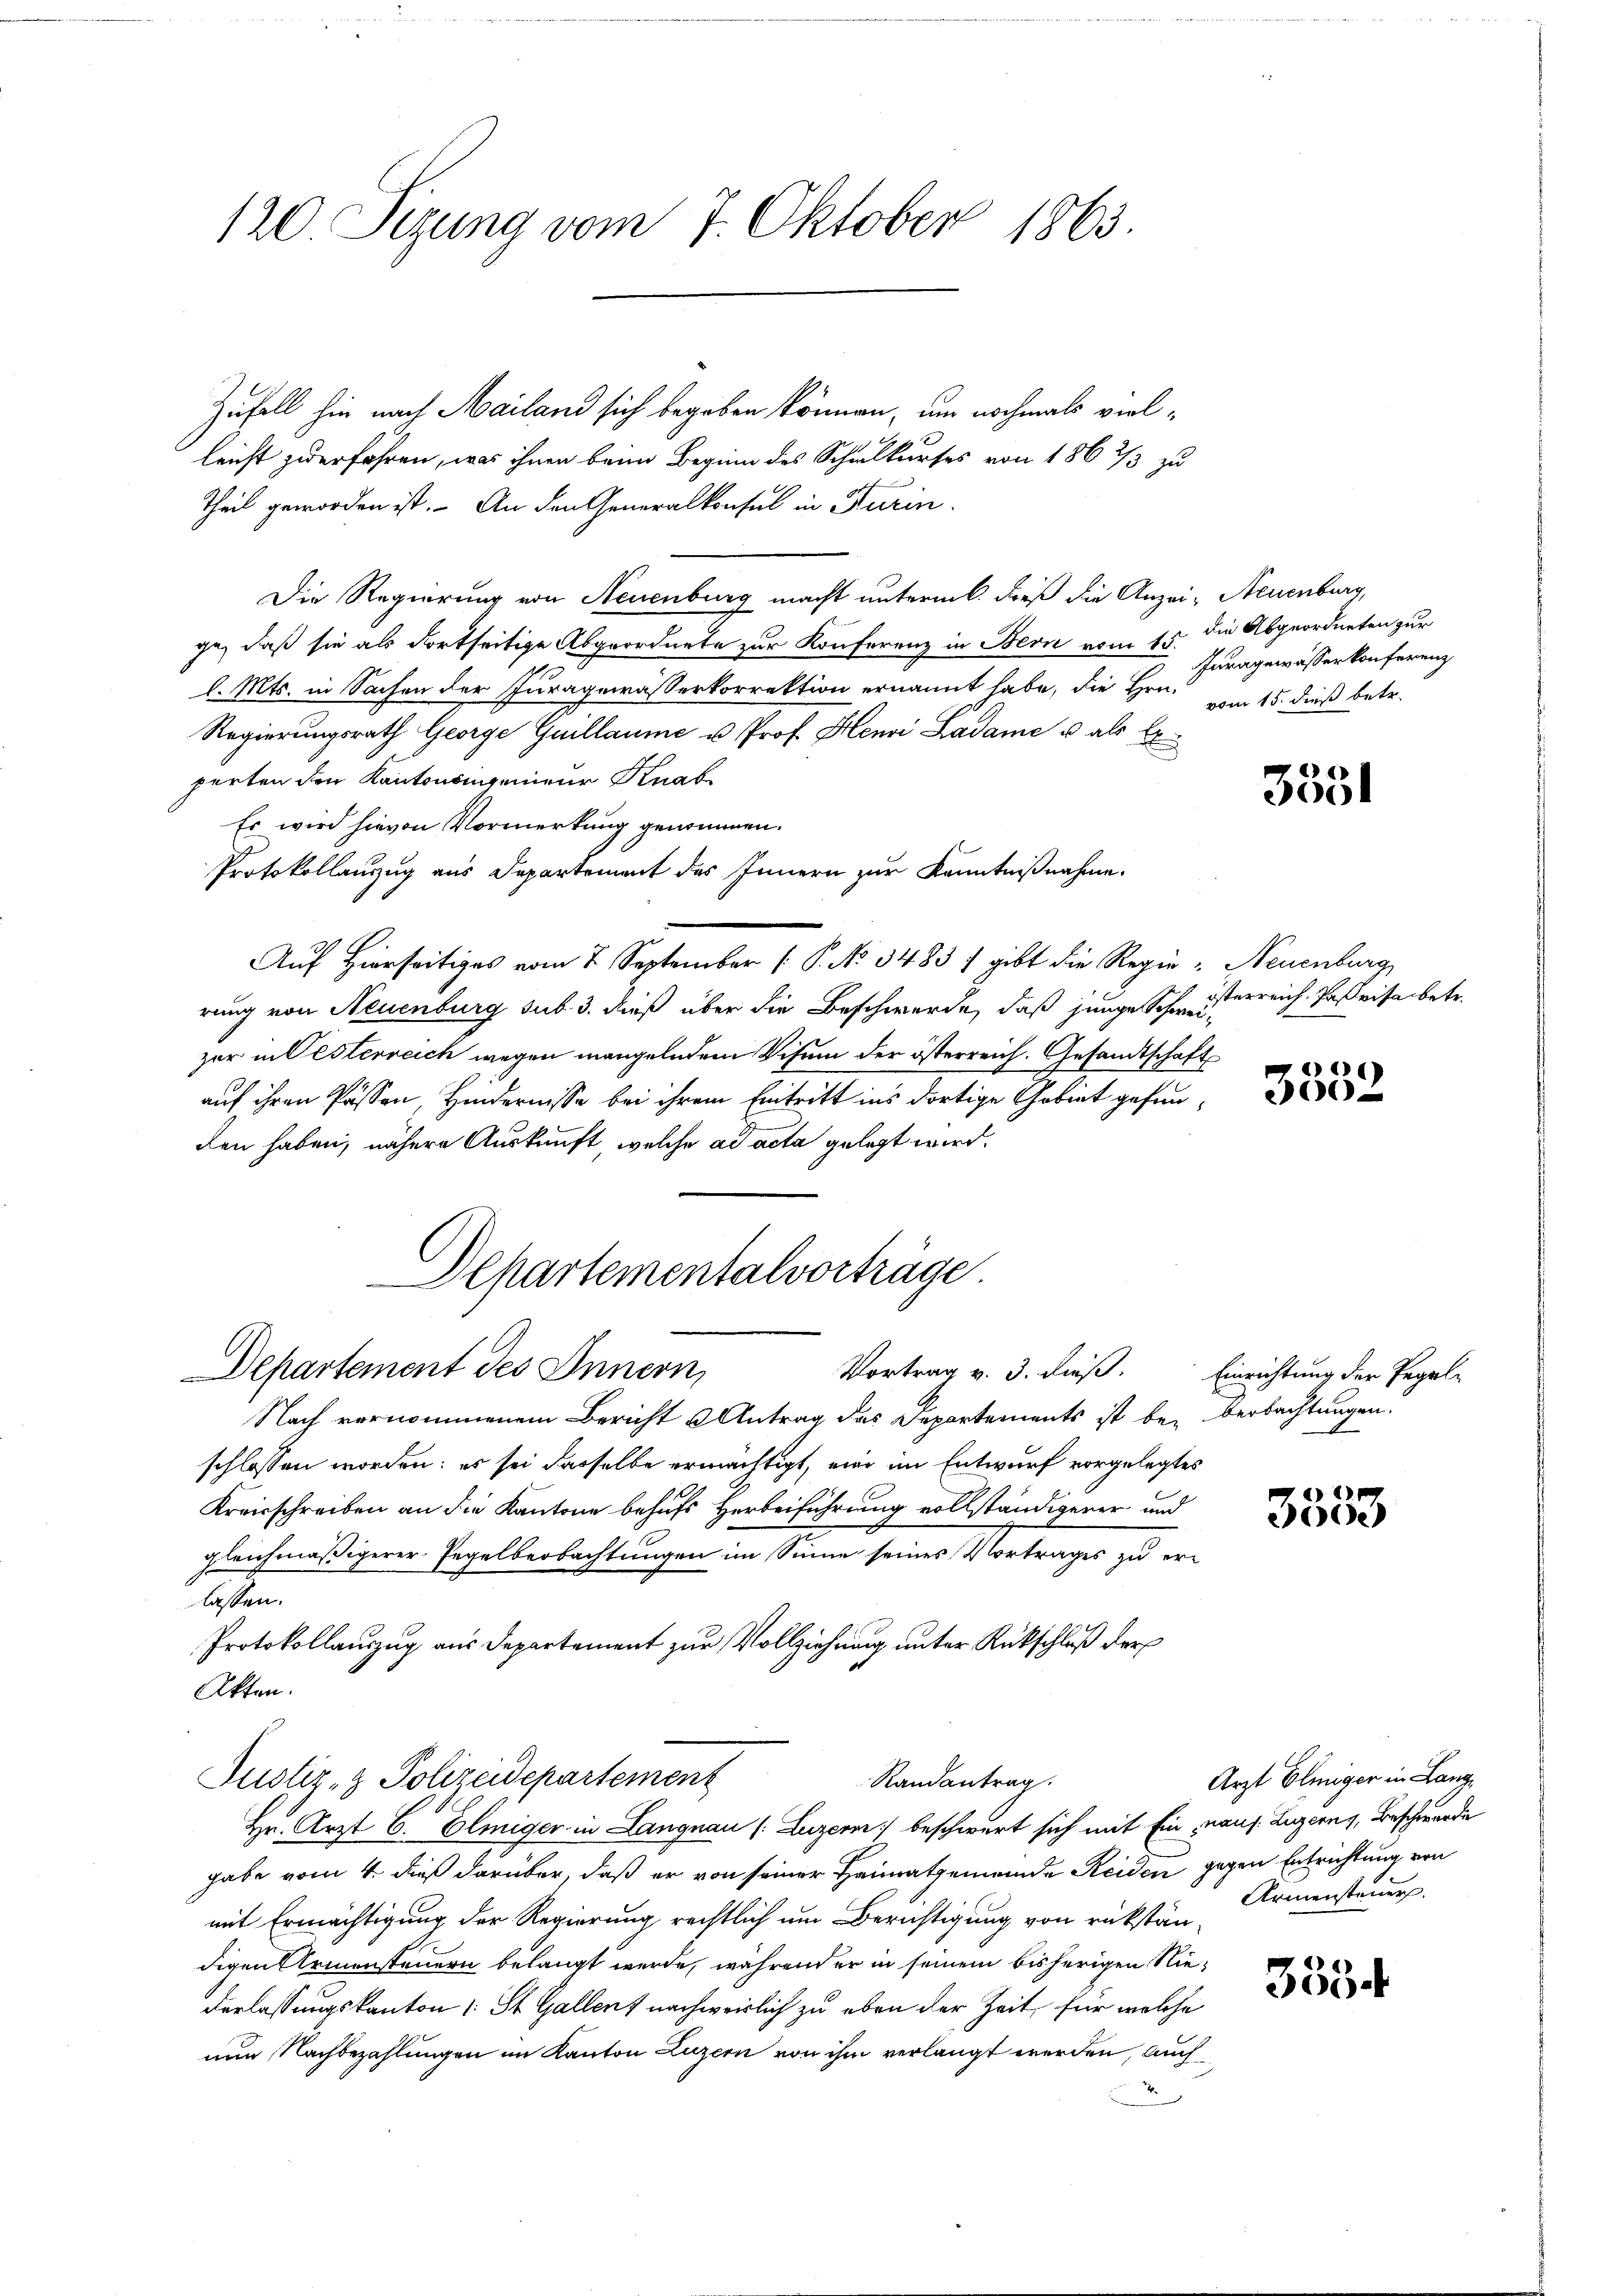
120. Sizung vom 7. Oktober 1863.

Zufall hin nach Mailand sich begeben können, um nochmals vielleicht zu erfahren, was ihnen beim Beginn des Schulkurses von 186 2/3 zu
Theil geworden ist. An den Generalkonsul in Kurin
Die Regierung von Neuenburg macht unterm 6. dieß die Anzei- Neuenburg,
ge, daß sie als dortseitige Abgeordnete zur Konferenz in Bern vom 15. die Abgeordneten zur
l. Mts. in Sachen der Juragewässerkorrektion ernannt habe, die Hrn. Im 15. dieß betr.
Regierungsrath George Guillaume u. Prof. Henri Ladame u. als Experten den Kantonsmeiner Knabe
Es wird hievon Vormerkung genommen.
Protokollanzug aus Departement des Innern zur Kenntnißnahme.
Auf Hierseitiges vom 7. September (: P. No 3483, gibt die Regie - Neuenburg
rung von Neuenburg sub. 3. dieß über die Beschwerde, daß junge Schweizer in Testerreich wegen mangelndem Visum der österreich. Gesandtschaft
auf ihren Passen, Hindernisse bei ihrem Eintritt ins dortige Gebiet gefunden haben, nähere Auskunft, welche ad acta gelegt wird.

chartementalvorträge
Departement des Innern,
Vortrag v. 3. dieß. Einrichtung der Regel-

Nach vernommenem Bericht Antrag das Departements ist beschlossen worden; es sei dasselbe ermächtigt, ein im Entwurf vorgelegtes
Kreisschreiben an die Kantone behufs Herbeiführung vollständigerer und
gleichmäßigerer Regelbeobachtungen im Sinne seines Vortrages zu erlassen.
Protokollauszug aus Departement zur Vollziehung unter Rückschluß der
Akten.
Justiz- & Polizeidepartement
Randantrag.
Hr. Arzt C. Eliniger in Langnau (Luzern beschwert sich mit Einnaus. Luzern, Beschwerde
gabe vom 4. dieß darüber, daß er von seiner Heimatgemeinde Reiden gegen Entrichtung von
mit Ermächtigung der Regierung rechtlich um Berichtigung von rükstän-
digen Armensteuern belangt werde, während er in seinem bisherigen Niederlassungskanton (: St. Gallen, nachweislich zu eben der Zeit für welche
nun Nachbezahlungen im Kanton Luzern von ihm verlangt werden, auch

Iuragewässer konferenz

3351

österreich. Paßvisa betr.

2
3052

berbachtungen.

1
3800

Arzt Eliiger in Lang
Armensteuer.

3594